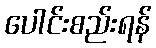
ပေါင်းစည်းရန်